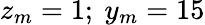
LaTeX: z_{m}=1;~y_{m}=15